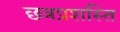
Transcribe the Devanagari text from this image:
छत्रप्रशस्ति